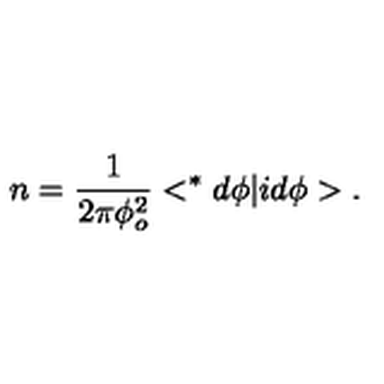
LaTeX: n = \frac { 1 } { 2 \pi \phi _ { o } ^ { 2 } } < ^ { * } d \phi | i d \phi > .